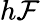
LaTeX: h\mathcal{F}